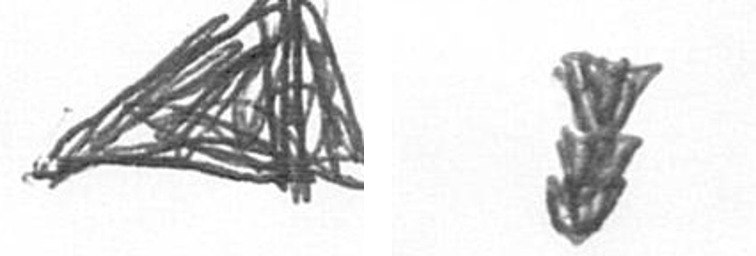
O E